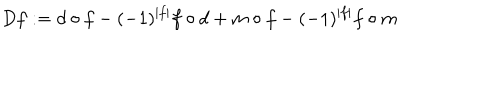
LaTeX: D f : = d \circ f - ( - 1 ) ^ { | f | } f \circ d + m \circ f - ( - 1 ) ^ { | f | } f \circ m